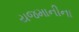
યજમાનીના